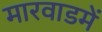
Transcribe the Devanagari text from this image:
मारवाडमें